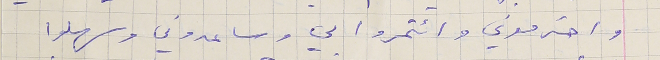
واحترموني وائتمروا بي وساعدوني وسهلوا